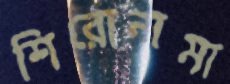
শিরোনামা